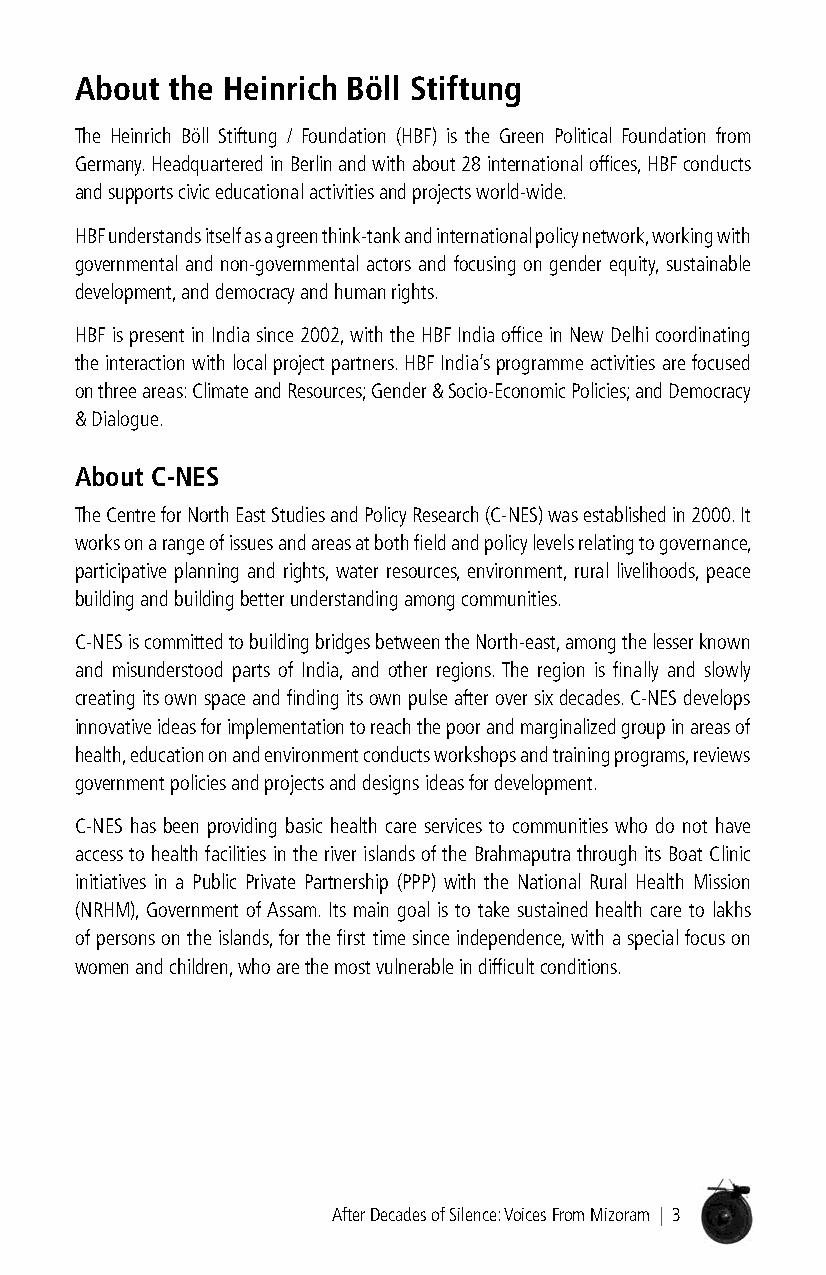
About the Heinrich Böll stiftung
 The Heinrich Böll Stiftung / Foundation (HBF) is the Green Political Foundation from
 Germany. Headquartered in Berlin and with about 28 international offices, HBF conducts
 and supports civic educational activities and projects world-wide.
 HBF understands itself as a green think-tank and international policy network, working with
 governmental and non-governmental actors and focusing on gender equity, sustainable
 development, and democracy and human rights.
 HBF is present in India since 2002, with the HBF India office in New Delhi coordinating
 the interaction with local project partners. HBF India’s programme activities are focused
 on three areas: Climate and Resources; Gender & Socio-Economic Policies; and Democracy
 & Dialogue.
 About c-nes
 The Centre for North East Studies and Policy Research (C-NES) was established in 2000. It
 works on a range of issues and areas at both field and policy levels relating to governance,
 participative planning and rights, water resources, environment, rural livelihoods, peace
 building and building better understanding among communities.
 C-NES is committed to building bridges between the North-east, among the lesser known
 and misunderstood parts of India, and other regions. The region is finally and slowly
 creating its own space and finding its own pulse after over six decades. C-NES develops
 innovative ideas for implementation to reach the poor and marginalized group in areas of
 health, education on and environment conducts workshops and training programs, reviews
 government policies and projects and designs ideas for development.
 C-NES has been providing basic health care services to communities who do not have
 access to health facilities in the river islands of the Brahmaputra through its Boat Clinic
 initiatives in a Public Private Partnership (PPP) with the National Rural Health Mission
 (NRHM), Government of Assam. Its main goal is to take sustained health care to lakhs
 of persons on the islands, for the first time since independence, with a special focus on
 women and children, who are the most vulnerable in difficult conditions.
 After Decades of Silence: Voices From Mizoram | 3